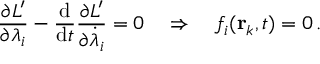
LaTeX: { \frac { \partial L ^ { \prime } } { \partial \lambda _ { i } } } - { \frac { \mathrm { d } } { \mathrm { d } t } } { \frac { \partial L ^ { \prime } } { \partial { \dot { \lambda } } _ { i } } } = 0 \quad \Rightarrow \quad f _ { i } ( \mathbf { r } _ { k } , t ) = 0 \, .